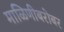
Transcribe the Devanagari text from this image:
माळिणीबरोबर